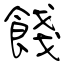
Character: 餞